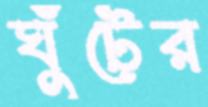
ঘুঁটের